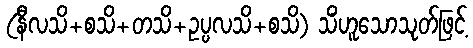
(နီလသိ+စသိ+တသိ+ဥပ္ပလသိ+စသိ) သိံဟူသောသုတ်ဖြင့်